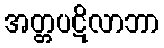
အတ္တပဋိလာဘာ